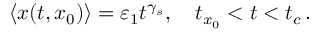
\langle x ( t , x _ { 0 } ) \rangle = \varepsilon _ { 1 } t ^ { \gamma _ { s } } , \quad t _ { x _ { 0 } } < t < t _ { c } \, .